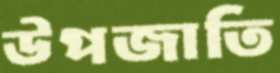
উপজাতি